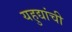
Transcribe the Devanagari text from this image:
यहुद्यांची